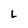
Character: L